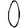
Digit: 0